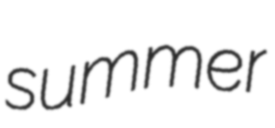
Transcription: summer